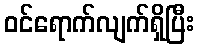
ဝင်ရောက်လျက်ရှိပြီး